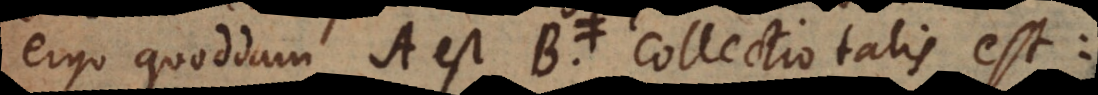
ergo quoddam A est B. Collectio talis est: